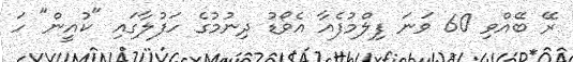
ރޭ ބޭއްވި 60 ވަނަ ފިލްމުފެއާ އެވޯޑު ދިނުމުގެ ހަފުލާގައި "ކުއީން" ހަ